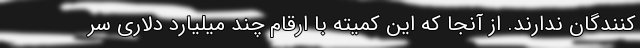
کنندگان ندارند. از آنجا که این کمیته با ارقام چند میلیارد دلاری سر